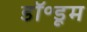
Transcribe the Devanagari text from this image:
डॉ॰डूम